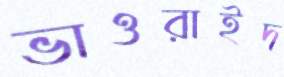
ভাওরাইদ